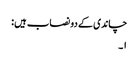
چاندی کے دو نصاب ہیں :
١۔